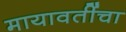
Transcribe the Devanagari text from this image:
मायावतींचा